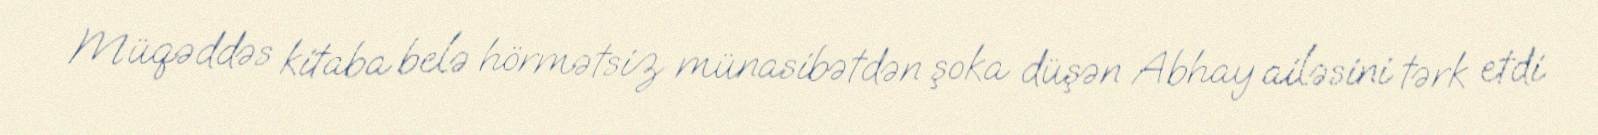
Müqəddəs kitaba belə hörmətsiz münasibətdən şoka düşən Abhay ailəsini tərk etdi